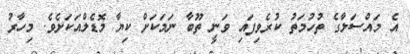
އެ މައްސަލާގެ ތުހުމަތު ކުރެވިފައި ވަނީ ތޫބާ ނަަމަކަށް ކިޔާ މޮޑެލްއަކަށެވެ. މިހާރު